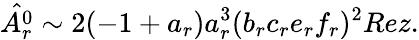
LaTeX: \hat{A_{r}^{0}}\sim 2(-1+a_{r})a_{r}^{3}(b_{r}c_{r}e_{r}f_{r})^{2}Rez.